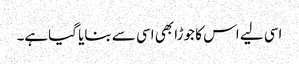
اسی لیے اس کا جوڑا بھی اسی سے بنایا گیاہے۔